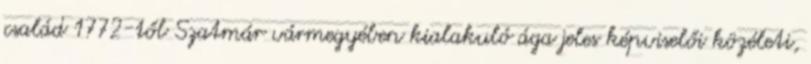
család 1772-től Szatmár vármegyében kialakuló ága jeles képviselői közéleti,